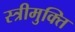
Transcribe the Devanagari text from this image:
स्त्रीमुक्ति